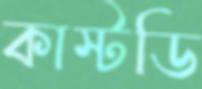
কাস্টডি